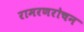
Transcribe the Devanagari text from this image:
रामरणरोचन